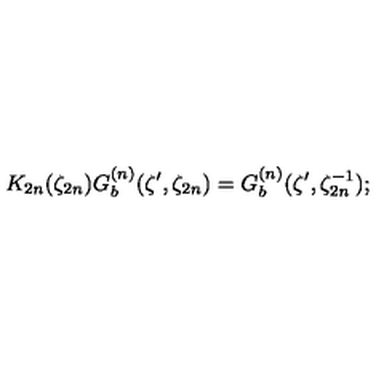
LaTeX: K _ { 2 n } ( \zeta _ { 2 n } ) G _ { b } ^ { ( n ) } ( \zeta ^ { \prime } , \zeta _ { 2 n } ) = G _ { b } ^ { ( n ) } ( \zeta ^ { \prime } , \zeta _ { 2 n } ^ { - 1 } ) ;